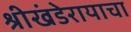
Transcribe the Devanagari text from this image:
श्रीखंडेरायाचा